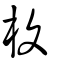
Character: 椱